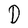
Character: D